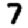
Digit: 7